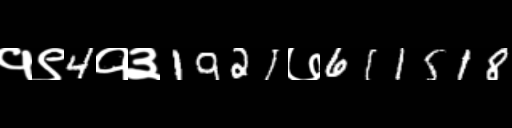
Text: १९4१३1921७611518